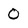
Character: 0